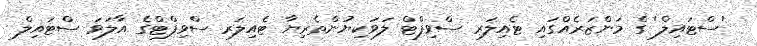
'ސްޓައިލް' ގެ މަންޒަރެއްގައި ޓެއިލަރ ސްވިފްޓް ލަވަކިޔުންތެރިޔާ ޓެއިލަރ ސްވިފްޓްގެ އާލަވަ ސްޓައިލް